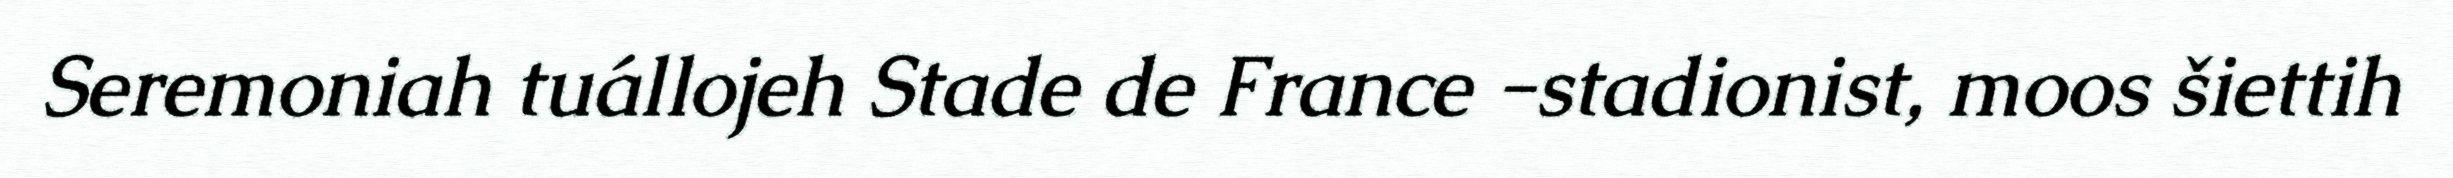
Seremoniah tuállojeh Stade de France -stadionist, moos šiettih